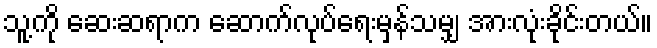
သူ့ကို ဆေးဆရာက ဆောက်လုပ်ရေးမှန်သမျှ အားလုံးခိုင်းတယ်။